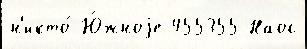
н'икто́ Ю́жноjе 455355 Наос